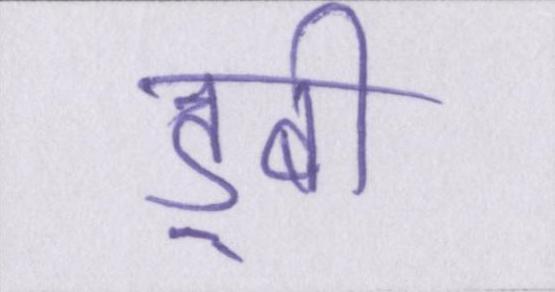
डूबी